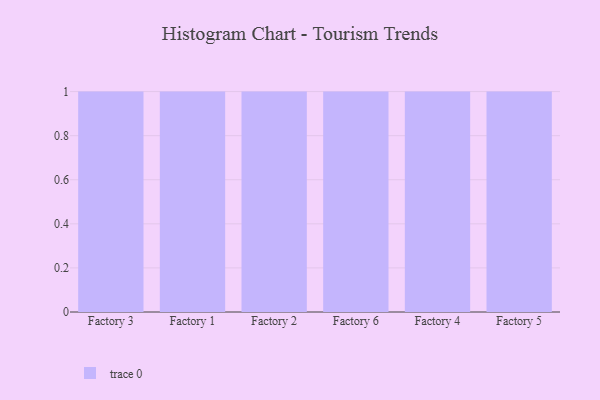
{"axis": {"x": "Factory", "y": "Bounce Rate (%)"}, "legend": [""], "data": [{"x": "Factory 3", "y": 40, "type": ""}, {"x": "Factory 1", "y": 27, "type": ""}, {"x": "Factory 2", "y": 19, "type": ""}, {"x": "Factory 6", "y": 15, "type": ""}, {"x": "Factory 4", "y": 6, "type": ""}, {"x": "Factory 5", "y": 11, "type": ""}]}